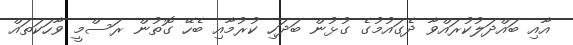
އާއި ބައްދަލުކުރައްވާ ދެގައުމުގެ ގުޅުން ބަަދަހި ކުރުމާއި ބެހޭ ގޮތުން ރަސްމީ ވާހަކަތައް